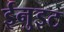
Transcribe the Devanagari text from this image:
ईनुइट